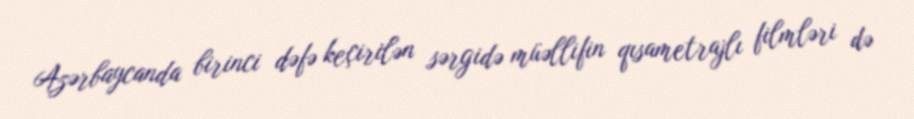
Azərbaycanda birinci dəfə keçirilən sərgidə müəllifin qısametrajlı filmləri də